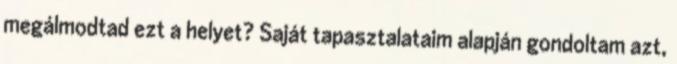
megálmodtad ezt a helyet? Saját tapasztalataim alapján gondoltam azt,